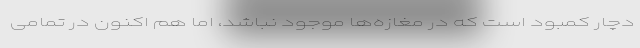
دچار کمبود است که در مغازه‌ها موجود نباشد، اما هم اکنون در تمامی